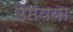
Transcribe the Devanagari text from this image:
उमयया